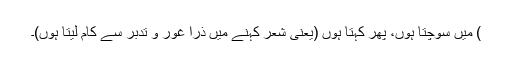
) میں سوچتا ہوں، پھر کہتا ہوں (یعنی شعر کہنے میں ذرا غور و تدبر سے کام لیتا ہوں)۔